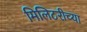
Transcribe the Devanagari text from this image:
मिलिटरीच्या